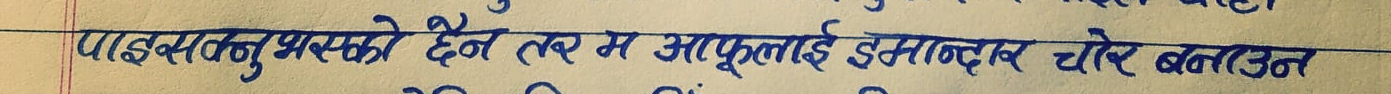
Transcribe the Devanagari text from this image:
पाइकसवनु भसको हैन तर म आफुलाई इमान्दार चोर बनाउन